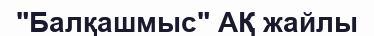
"Балқашмыс" АҚ жайлы